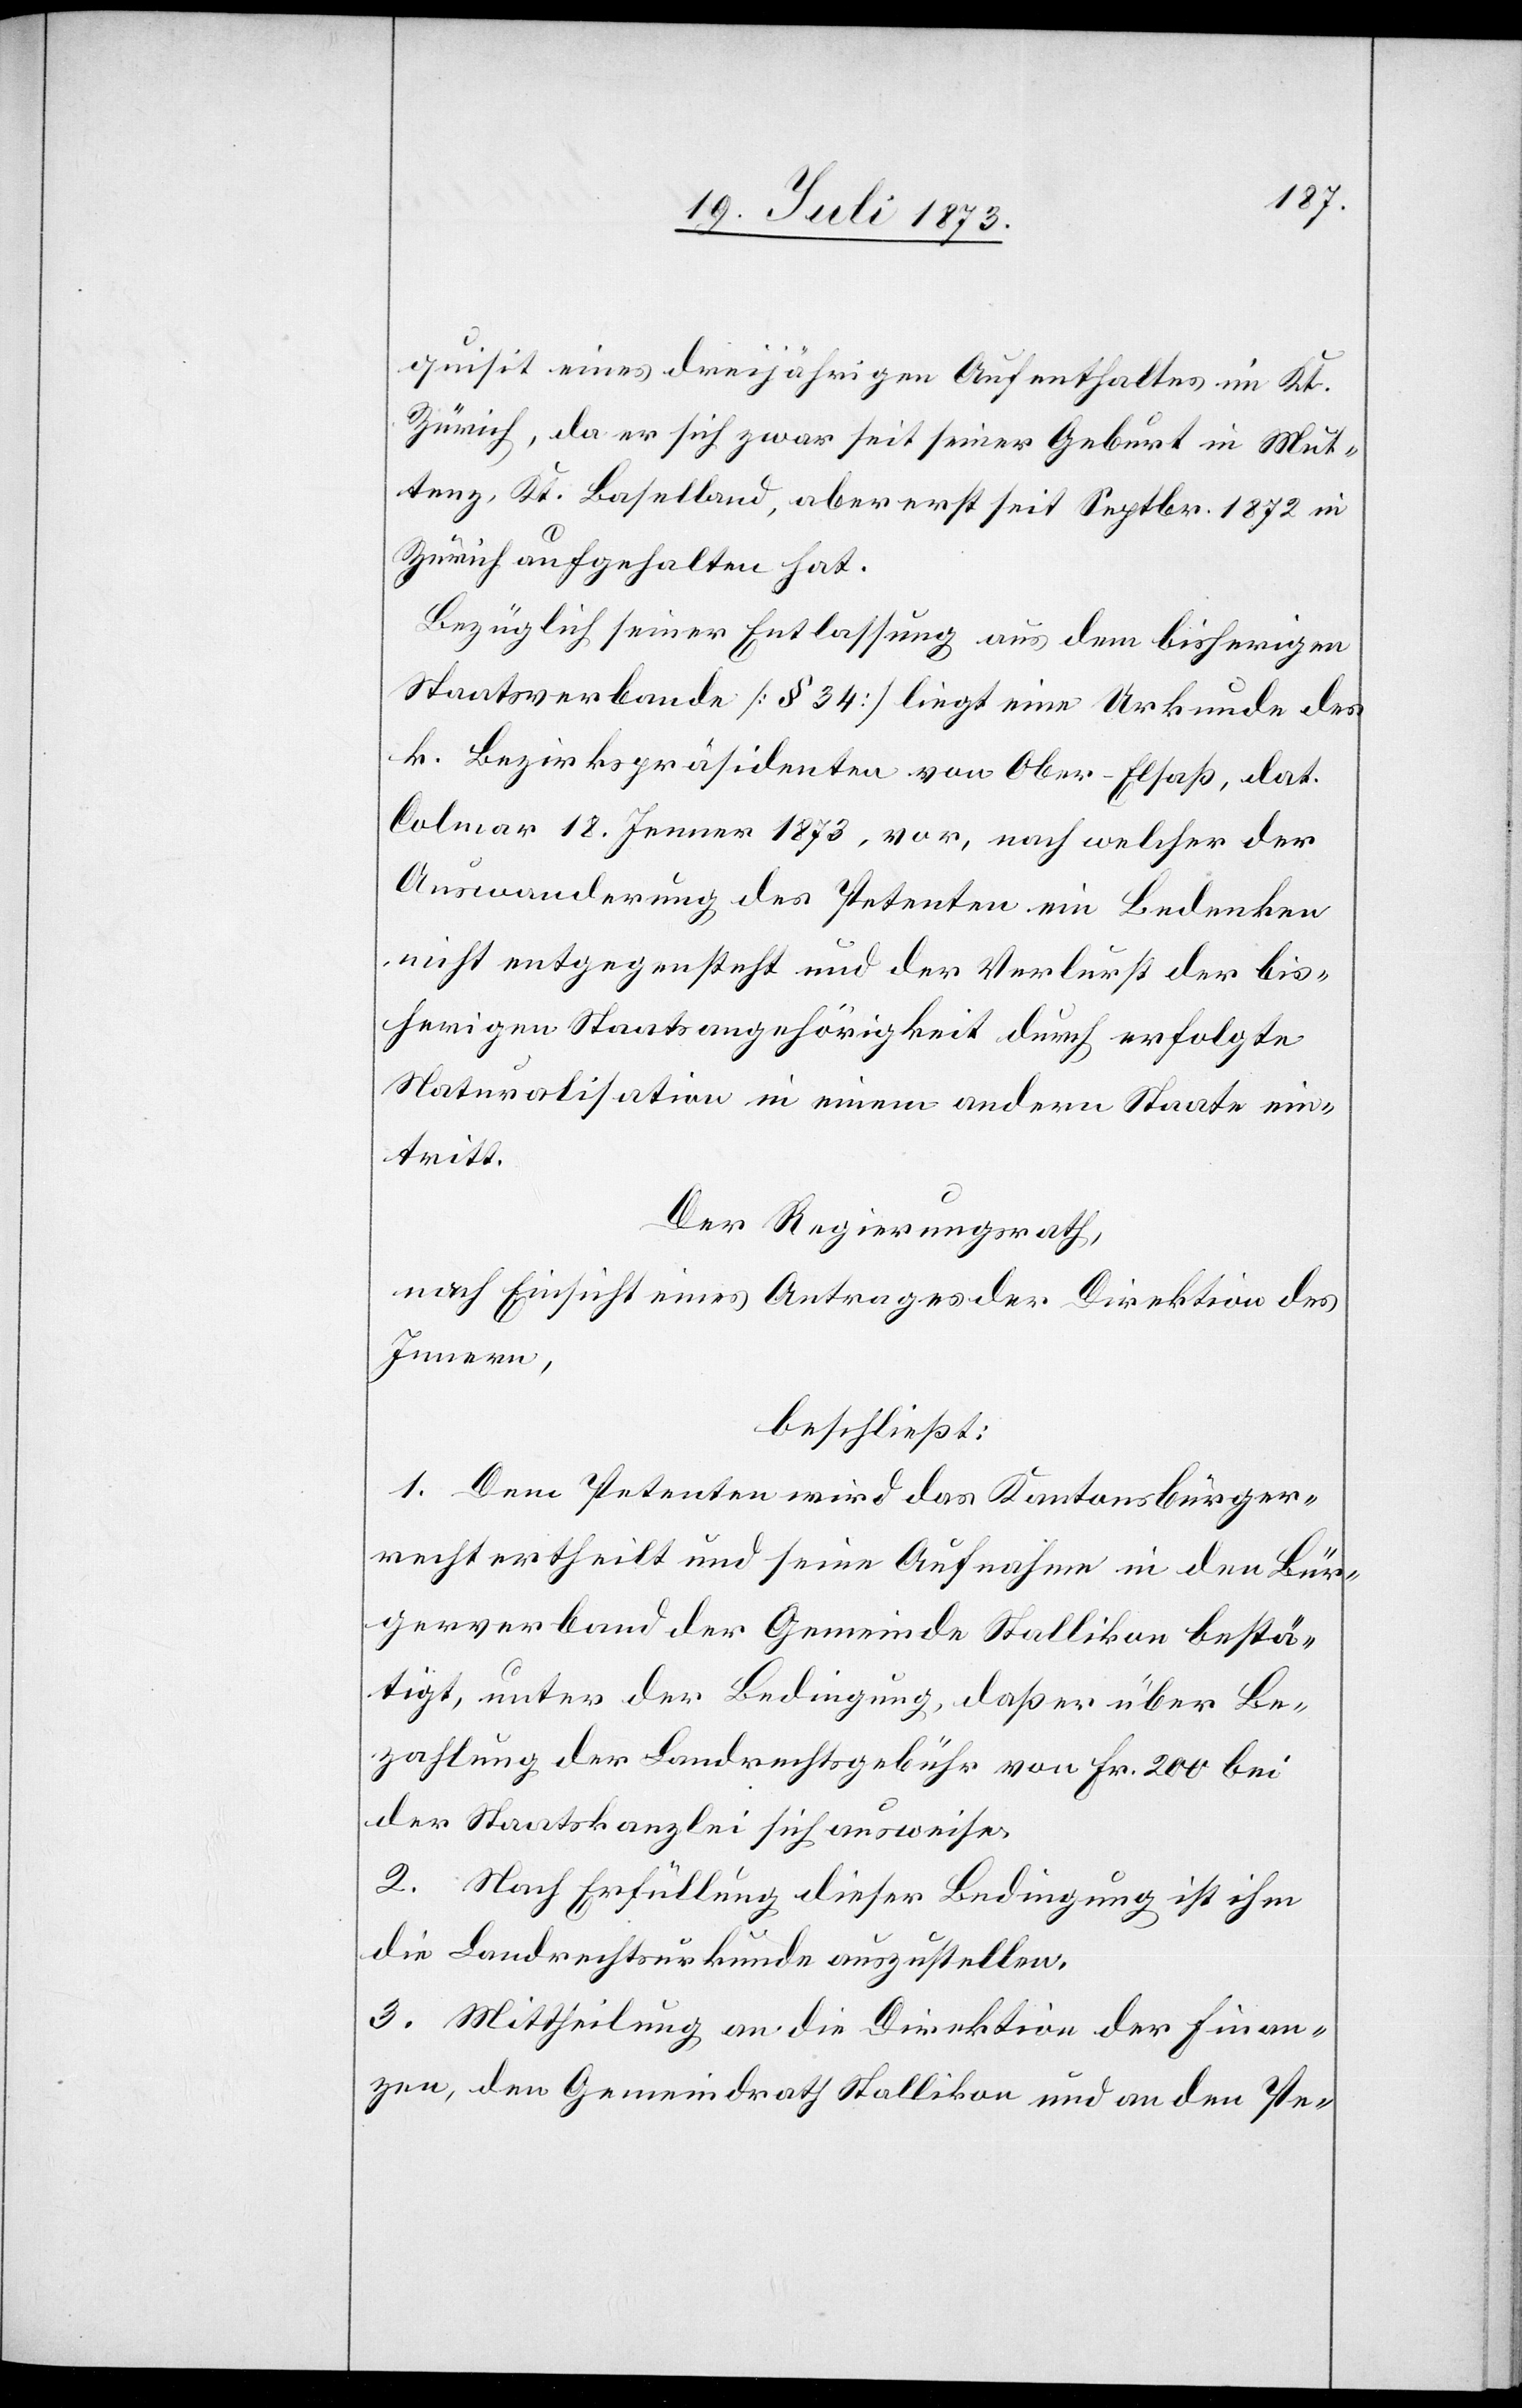
quisit eines dreijährigen Aufenthaltes im Kt.
Zürich, da er sich zwar seit seiner Geburt in Mut¬
tenz, Kt. Baselland, aber erst seit Septbr. 1872 in
Zürich aufgehalten hat.
Bezüglich seiner Entlassung aus dem bisherigen
Staatsverbande [§ 34] liegt eine Urkunde des
k. Bezirkspräsidenten von Ober-Elsaß, dat.
Colmar 18. Jenner 1873, vor, nach welcher der
Auswanderung des Petenten ein Bedenken
nicht entgegensteht und der Verlurst [sic!] der bis¬
herigen Staatsangehörigkeit durch erfolgte
Naturalisation in einem andern Staate ein¬
tritt.
Der Regierungsrath,
nach Einsicht eines Antrages der Direktion des
Innern,
beschließt:
1. Dem Petenten wird das Kantonsbürger¬
recht ertheilt und seine Aufnahme in den Bür¬
gerverband der Gemeinde Stallikon bestä¬
tigt, unter der Bedingung, daß er über Be¬
zahlung der Landrechtsgebühr von Fr. 200 bei
der Staatskanzlei sich ausweise.
2. Nach Erfüllung dieser Bedingung ist ihm
die Landrechtsurkunde auszustellen.
3. Mittheilung an die Direktion der Finan¬
zen, den Gemeindrath Stallikon und an den Pe-